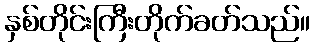
နှစ်တိုင်းကြီးတိုက်ခတ်သည်။